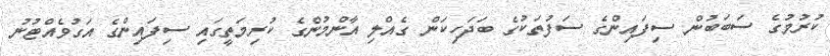
ކުރުމުގެ ސަބަބުން ސިފައިންގެ ސަފުތަކުގެ ބަދަހިކަން ގެއްލި އާންމުންގެ ކުރިމަތީގައި ސިފައިންގެ އަގުވެއްޓުނު